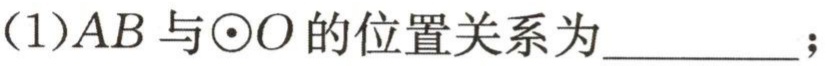
(1)\(AB\)与\(\odot O\)的位置关系为__________；